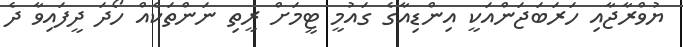
ޔުވްރާޖާއި ހަރަބަޖަންއަކީ އިންޑިއާގެ ގައުމީ ޓީމަށް ރީތި ނަންތަކެއް ހޯދަ ދީފައިވާ ދެ